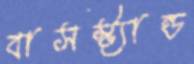
বাসস্ট্যান্ড